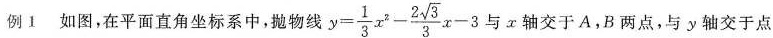
例如图，在平面直角坐标系中，抛物线y $$y = \frac { 1 } { 3 } x ^ { 2 } - \frac { 2 \sqrt { 3 } } { 3 } x - 3$$与轴交于A，B两点，与y轴交于点